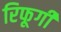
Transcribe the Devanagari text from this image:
रिफूगी